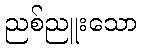
ညစ်ညူးသော